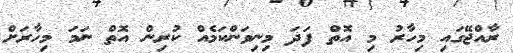
ރާއްޖޭގައި މިހާރު މި އޮތް ފަދަ މިނިވަންކަމެއް ކުރިން އޮތް ނަމަ މިހާރަށް